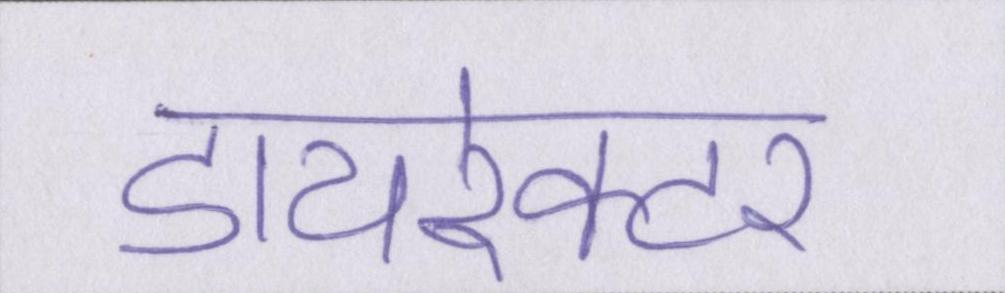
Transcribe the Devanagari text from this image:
डायरेक्टर